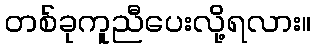
တစ်ခုကူညီပေးလို့ရလား။